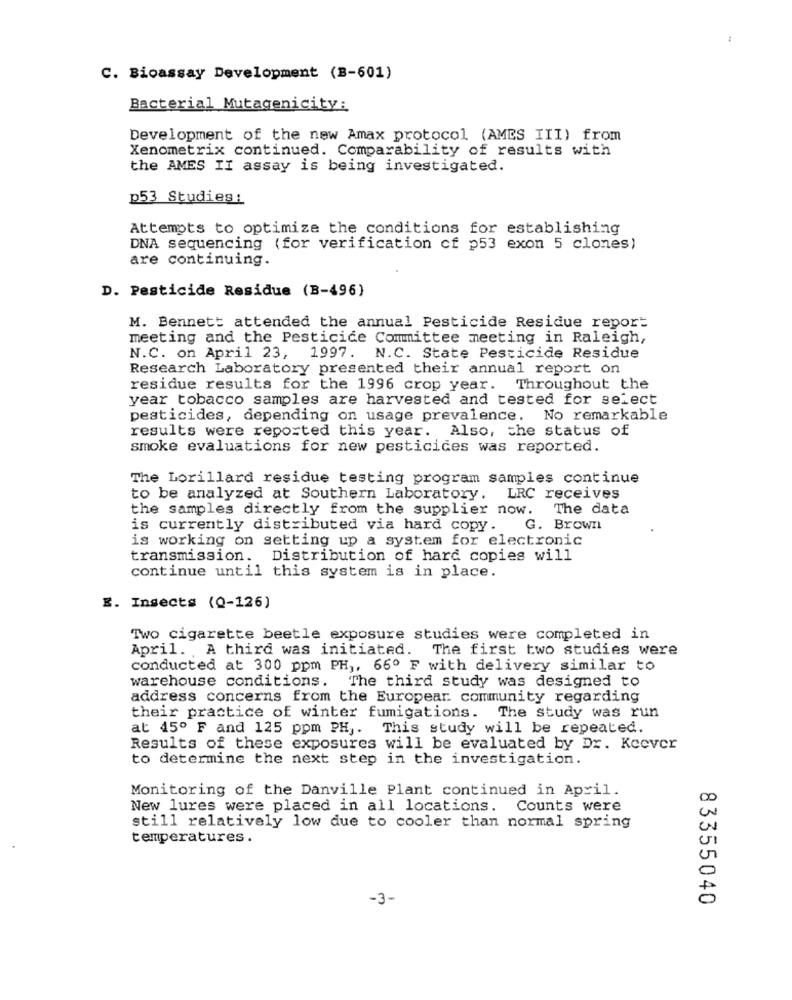
C. Bioassay Development (B-601)
Bacterial Mutagenicity:
Development of the new Amax protocol (AMES III) from
Xenometrix continued. Comparability of results with
the AMES II assay is being investigated.
p53 Studies:
Attempts to optimize the conditions for establishing
DNA sequencing (for verification cf p53 exon 5 clones)
are continuing.
D. Pesticide Residue (B-496)
M. Bennett attended the annual Pesticide Residue report
meeting and the Pesticide Committee meeting in Raleigh,
N.C. on April 23, 1997. N.C. State Pesticide Residue
Research Laboratory presented their annual report on
residue results for the 1996 crop year. Throughout the
year tobacco samples are harvested and tested for select
pesticides, depending on usage prevalence. No remarkable
results were reported this year. Also, the status of
smoke evaluations for new pesticides was reported.
The Lorillard residue testing program samples continue
to be analyzed at Southern Laboratory.
LRC receives
the samples directly from the supplier now. The data
is currently distributed via hard copy. G. Brown
is working on getting up a system for electronic
transmission. Distribution of hard copies will
continue until this system is in place.
E. Insects (Q-126)
Two cigarette beetle exposure studies were completed in
April. A third was initiated.
The first two studies were
conducted at 300 ppm PH ,, 66º F with delivery similar to
warehouse conditions. The third study was designed to
address concerns from the Europear community regarding
their practice of winter fumigations. The study was run
at 45º F and 125 ppm PH ,. This study will be repeated.
Results of these exposures will be evaluated by Dr. Keever
to determine the next step in the investigation.
Monitoring of the Danville Plant continued in April.
New lures were placed in all locations. Counts were
still relatively low due to cooler than normal spring
temperatures.
-3-
83355040